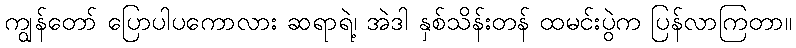
ကျွန်တော် ပြောပါပကောလား ဆရာရဲ့၊ အဲဒါ နှစ်သိန်းတန် ထမင်းပွဲက ပြန်လာကြတာ။